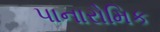
પાનારોમિક